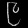
Digit: ၉